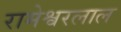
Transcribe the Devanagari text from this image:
रामेश्वरलाल